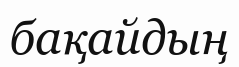
бақайдың